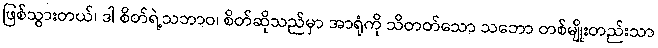
ဖြစ်သွားတယ်၊ ဒါ စိတ်ရဲ့သဘာဝ၊ စိတ်ဆိုသည်မှာ အာရုံကို သိတတ်သော သဘော တစ်မျိုးတည်းသာ